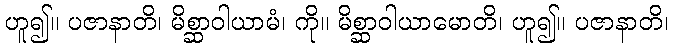
ဟူ၍။ ပဇာနာတိ၊ မိစ္ဆာဝါယာမံ၊ ကို။ မိစ္ဆာဝါယာမောတိ၊ ဟူ၍။ ပဇာနာတိ၊